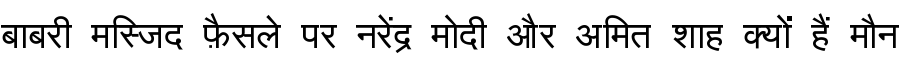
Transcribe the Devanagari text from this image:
बाबरी मस्जिद फ़ैसले पर नरेंद्र मोदी और अमित शाह क्यों हैं मौन